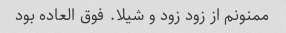
ممنونم از زود زود و شیلا. فوق العاده بود